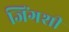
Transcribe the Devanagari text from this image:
जिंगशी